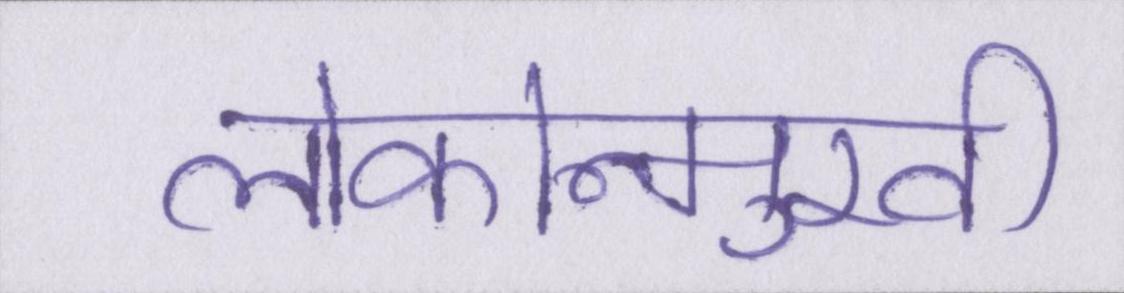
लोकोन्मुखी